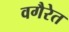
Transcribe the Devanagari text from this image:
वगैरेत